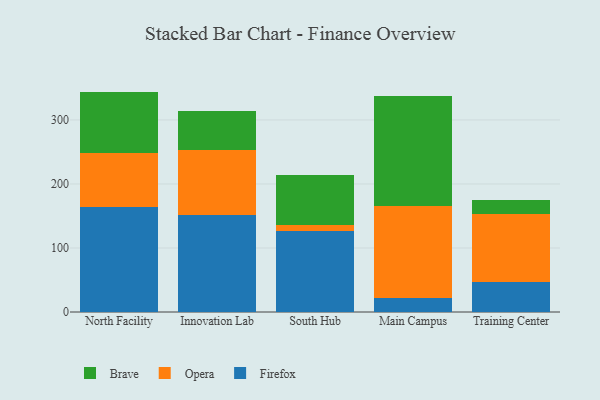
{"axis": {"x": "Campus", "y": "Website Visitors"}, "legend": ["Brave", "Firefox", "Opera"], "data": [{"x": "North Facility", "y": 164.8, "type": "Firefox"}, {"x": "North Facility", "y": 83.7, "type": "Opera"}, {"x": "North Facility", "y": 95.8, "type": "Brave"}, {"x": "Innovation Lab", "y": 152.0, "type": "Firefox"}, {"x": "Innovation Lab", "y": 100.7, "type": "Opera"}, {"x": "Innovation Lab", "y": 61.2, "type": "Brave"}, {"x": "South Hub", "y": 126.3, "type": "Firefox"}, {"x": "South Hub", "y": 10.3, "type": "Opera"}, {"x": "South Hub", "y": 77.1, "type": "Brave"}, {"x": "Main Campus", "y": 22.4, "type": "Firefox"}, {"x": "Main Campus", "y": 143.8, "type": "Opera"}, {"x": "Main Campus", "y": 170.8, "type": "Brave"}, {"x": "Training Center", "y": 47.6, "type": "Firefox"}, {"x": "Training Center", "y": 105.0, "type": "Opera"}, {"x": "Training Center", "y": 22.3, "type": "Brave"}]}